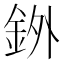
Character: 𫒓